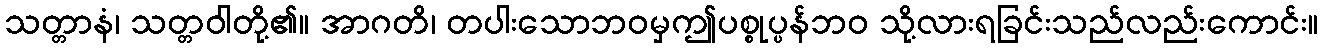
သတ္တာနံ၊ သတ္တဝါတို့၏။ အာဂတိ၊ တပါးသောဘဝမှဤပစ္စုပ္ပန်ဘဝ သို့လားရခြင်းသည်လည်းကောင်း။